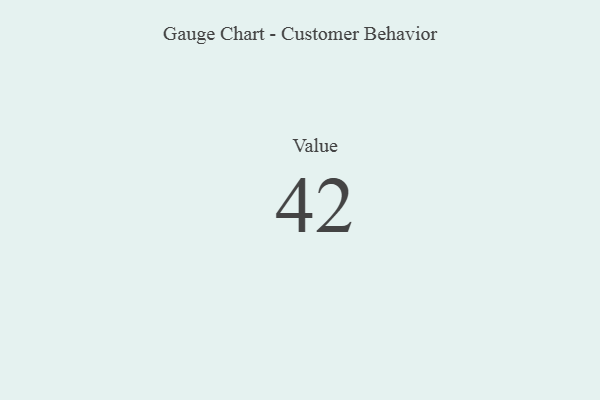
{"axis": {"x": "Metric", "y": "Value"}, "legend": [""], "data": [{"x": "Value", "y": 42, "type": ""}]}